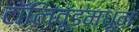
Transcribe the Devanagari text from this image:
टॉलिवूडमधून